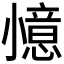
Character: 𭕌